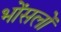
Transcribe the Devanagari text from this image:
भोंसलों